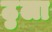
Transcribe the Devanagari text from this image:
ठुला